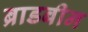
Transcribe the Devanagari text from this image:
ब्राडबीन